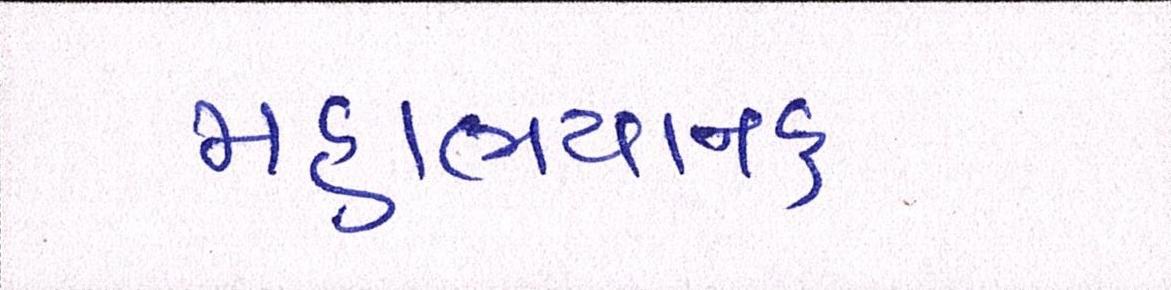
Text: મહાભયાનક